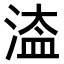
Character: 𣹆